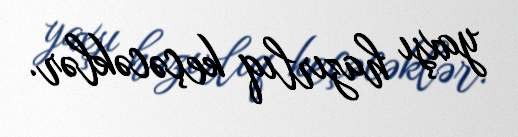
yaxşı hazırlıq keçəcəklər.